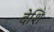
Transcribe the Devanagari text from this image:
देशि